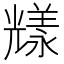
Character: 𠓁